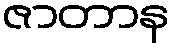
ဇာတာန